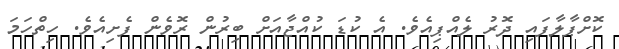
ކޮށްޕާލާފައި ދޮރު ލެއްޕިއެވެ. އެ ކުޑަ ކުއްޖާއަށް ބިރުން ރޮވެން ފެށިއެވެ. ހިތްހަމަ